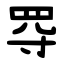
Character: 㝶